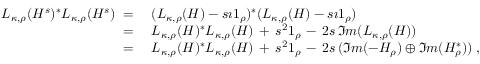
\begin{array} { r l } { L _ { \kappa , \rho } ( H ^ { s } ) ^ { * } L _ { \kappa , \rho } ( H ^ { s } ) \; = \; } & { ( L _ { \kappa , \rho } ( H ) - s \imath \boldsymbol { 1 } _ { \rho } ) ^ { * } ( L _ { \kappa , \rho } ( H ) - s \imath \boldsymbol { 1 } _ { \rho } ) } \\ { \; = \; } & { L _ { \kappa , \rho } ( H ) ^ { * } L _ { \kappa , \rho } ( H ) \, + \, s ^ { 2 } \boldsymbol { 1 } _ { \rho } \, - \, 2 s \, \Im m ( L _ { \kappa , \rho } ( H ) ) } \\ { \; = \; } & { L _ { \kappa , \rho } ( H ) ^ { * } L _ { \kappa , \rho } ( H ) \, + \, s ^ { 2 } \boldsymbol { 1 } _ { \rho } \, - \, 2 s \, ( \Im m ( - H _ { \rho } ) \oplus \Im m ( H _ { \rho } ^ { * } ) ) \; , } \end{array}